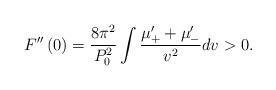
LaTeX: \begin{align*}F^{\prime\prime}\left( 0\right) =\frac{8\pi^{2}}{P_{0}^{2}}\int\frac{\mu_{+}^{\prime}+\mu_{-}^{\prime}}{v^{2}}dv>0. \end{align*}